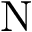
\mathrm { N }